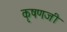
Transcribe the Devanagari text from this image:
कृषणजी